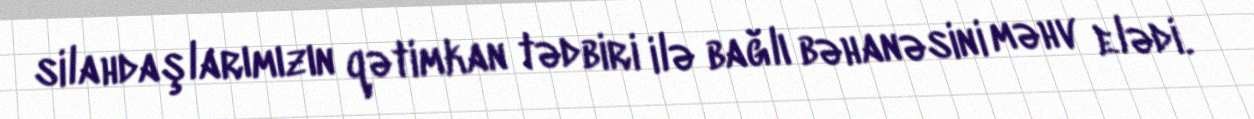
silahdaşlarımızın qətimkan tədbiri ilə bağlı bəhanəsini məhv elədi.